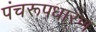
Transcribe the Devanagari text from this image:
पंचरूपधारण